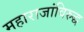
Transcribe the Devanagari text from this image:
महाराजांविरुद्ध